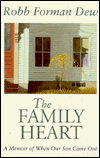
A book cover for The Family Heart: A Memoir Of When Our Son Came Out; Robb Forman Dew; Gay & Lesbian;